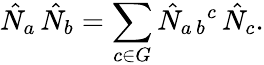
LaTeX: \hat{N}_{a}\, \hat{N}_{b}=\sum_{c\in G}\hat{N}_{a\, b}{}^{c}\, \hat{N}_{c}.